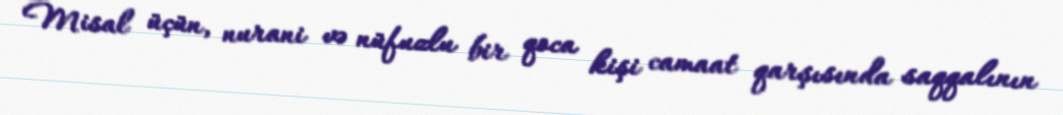
Misal üçün, nurani və nüfuzlu bir qoca kişi camaat qarşısında saqqalının